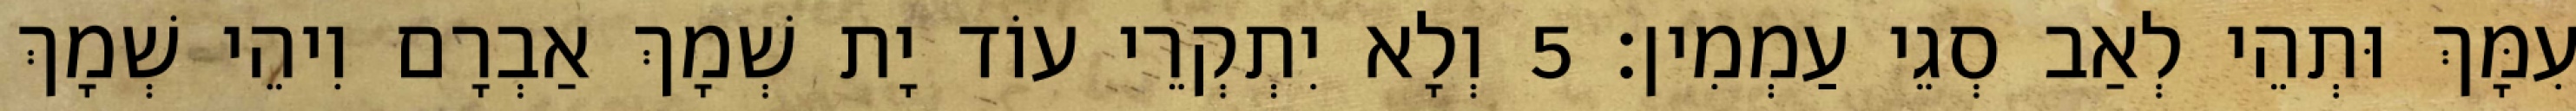
עִמָּךְ וּתְהֵי לְאַב סְגֵי עַמְמִין׃ 5 וְלָא יִתְקְרֵי עוֹד יָת שְׁמָךְ אַבְרָם וִיהֵי שְׁמָךְ